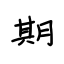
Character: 期